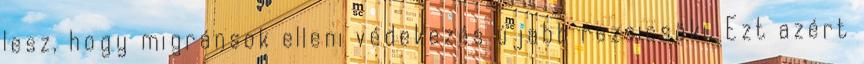
lesz, hogy migránsok elleni védekezés újabb rezsicsöki. Ezt azért